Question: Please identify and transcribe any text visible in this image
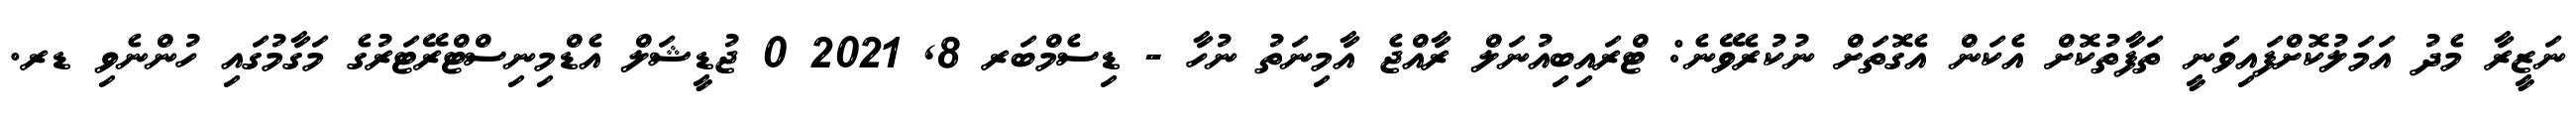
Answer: ނަޒީރާ މެދު އަމަލުކޮށްފައިވަނީ ތަފާތުކޮށް އެކަން އެގޮތަށް ނުކުރެވޭނެ: ޓްރައިބިއުނަލް ރާއްޖެ އާމިނަތު ނުހާ - ޑިސެމްބަރ 8, 2021 0 ޖުޑީޝަލް އެޑްމިނިސްޓްރޭޓަރުގެ މަގާމުގައި ހުންނެވި ޑރ.